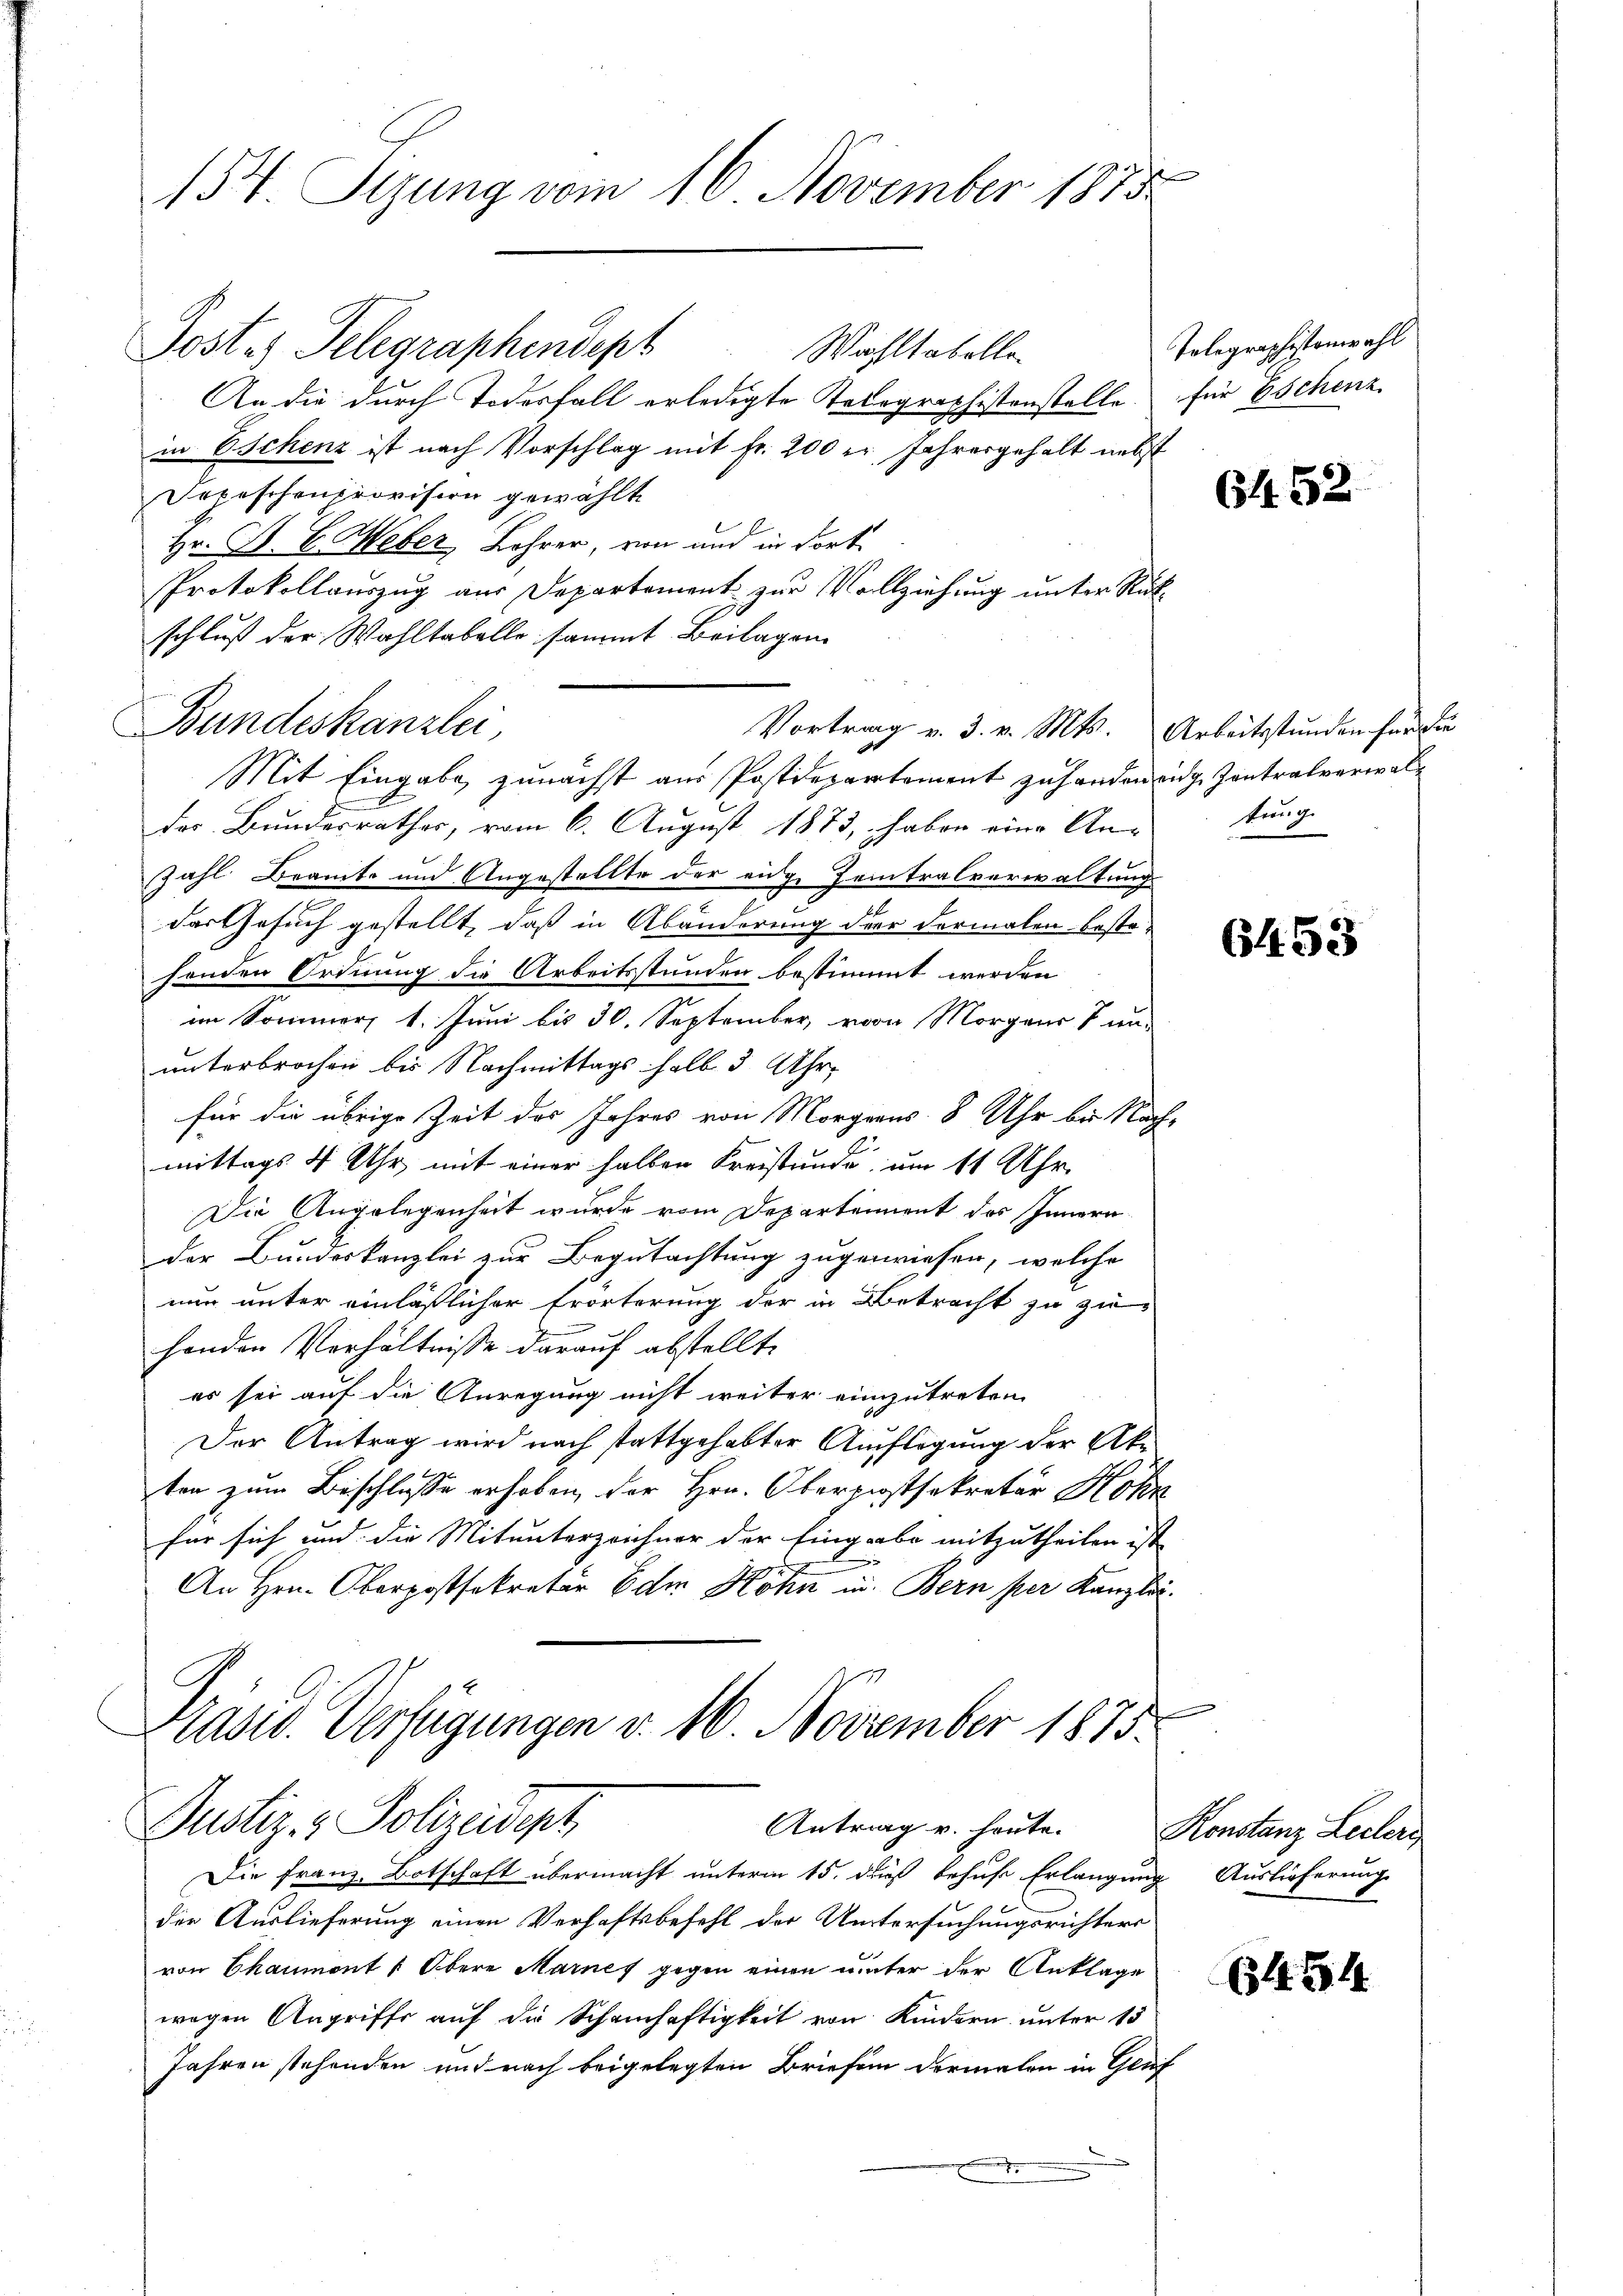
154. Sizung vom 16. November 1875

Wohltabelle
An die durch Todesfall erledigte Telegraphistenstelle für Eschenz
in Eschenz ist nach Vorschlag mit fr. 200 er Jahresgehalt nebst
Iepeschenprovision gewählte
Hr. R. G. Weber Lehrer, von und in dort
Protokollauszug aus Departement zur Vollziehung unter Rükschluß der Wahltabelle sammt Beilagen
Mit Eingabe zunächst aus Postdepartement zu handen eige Kontralverwal¬
.
des Bundesrathes, vom 6. August 1873, haben eine An-
Zahl Beamte und Angestellte der eige Teintralverwaltung
der Gesuch gestellt, daß in Abänderung der dermalen bestehenden Ordnung die Arbeitsstunden bestimmt werden
im Sommer, 1. Juni bis 30. September, von Morgens & ununterbrochen bis Nachmittags halb 3 Uhr
für die übrige Zeit des Jahres von Morgens 8 Uhr bis Nach-
mittags 4 Uhr, mit einer halben Freistunde um 11 Uhr
Die Angelegenheit wurde vom Departement des Innern
der Bundeskanzlei zur Begutachtung zugewiesen, welche
nur unter einläßlicher Erörterung der in Betracht zu zu-
handen Verhältnisse darauf abstellte
es sei auf die Anregung nicht weiter einzutreten
Der Antrag wird nach stattgehabter Auflegung der Aka
ten zum Beschlosse erhoben, der Hrn. Oberpassekretär Hohn
für sich und die Mitunterzeichner der Eingabe mitzutheilen ist
l
i
An Hrn. Oberpostsekretär Edm Hohn in Bern per Kanzlic

Post.) Telegraphendept

Bundeskanzlei,
Vortrag v. 3. v. Mts. Arbeitsstunden für die

Kasid. Verfügungen v. 16. November 1875.
Justiz- & Polizeidept
Antrag v. heute. Konstanz Leclers

Tolographistenwahl

Die Franz, Botschaft übermacht unterm 15. dieß behufe Erlangung
die Auslieferung einen Verhaftsbefehl der Untersuchungsrichters
von Chaumont u Obere Marnes gegen einen unter der Anklage
wegen Angriffe auf die Schamhaftigkeit von Kindern unter 15
Jahren stehenden und nach beigelegten Briefen dermalen in Genf

6452

trug

6453

Auslieferung

61454